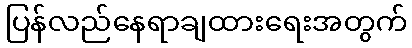
ပြန်လည်နေရာချထားရေးအတွက်